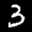
Label: 3